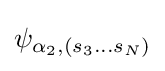
\psi _{\alpha _{2},(s_{3}...s_{N})}